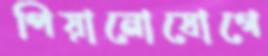
পিয়ানোযোগে